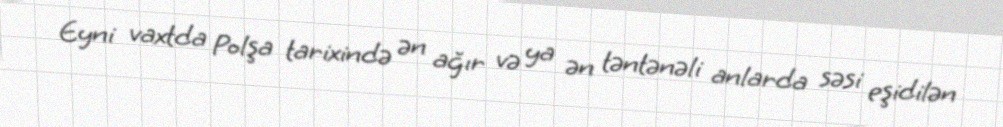
Eyni vaxtda Polşa tarixində ən ağır və ya ən təntənəli anlarda səsi eşidilən